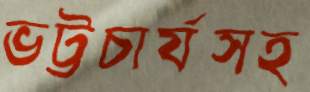
ভট্টচার্যসহ